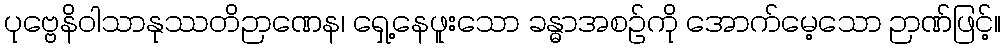
ပုဗ္ဗေနိဝါသာနုဿတိဉာဏေန၊ ရှေ့နေဖူးသော ခန္ဓာအစဉ်ကို အောက်မေ့သော ဉာဏ်ဖြင့်။